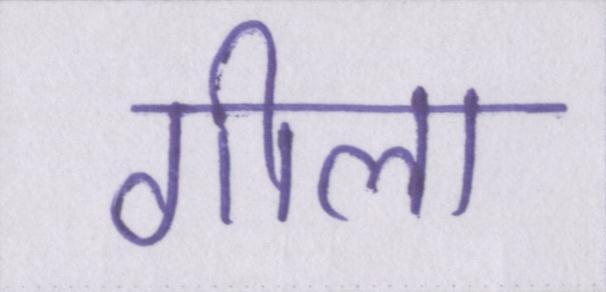
गीला